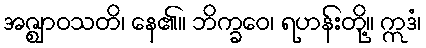
အဇ္ဈာဝသတိ၊ နေ၏။ ဘိက္ခဝေ၊ ရဟန်းတို့။ ဣဒံ၊